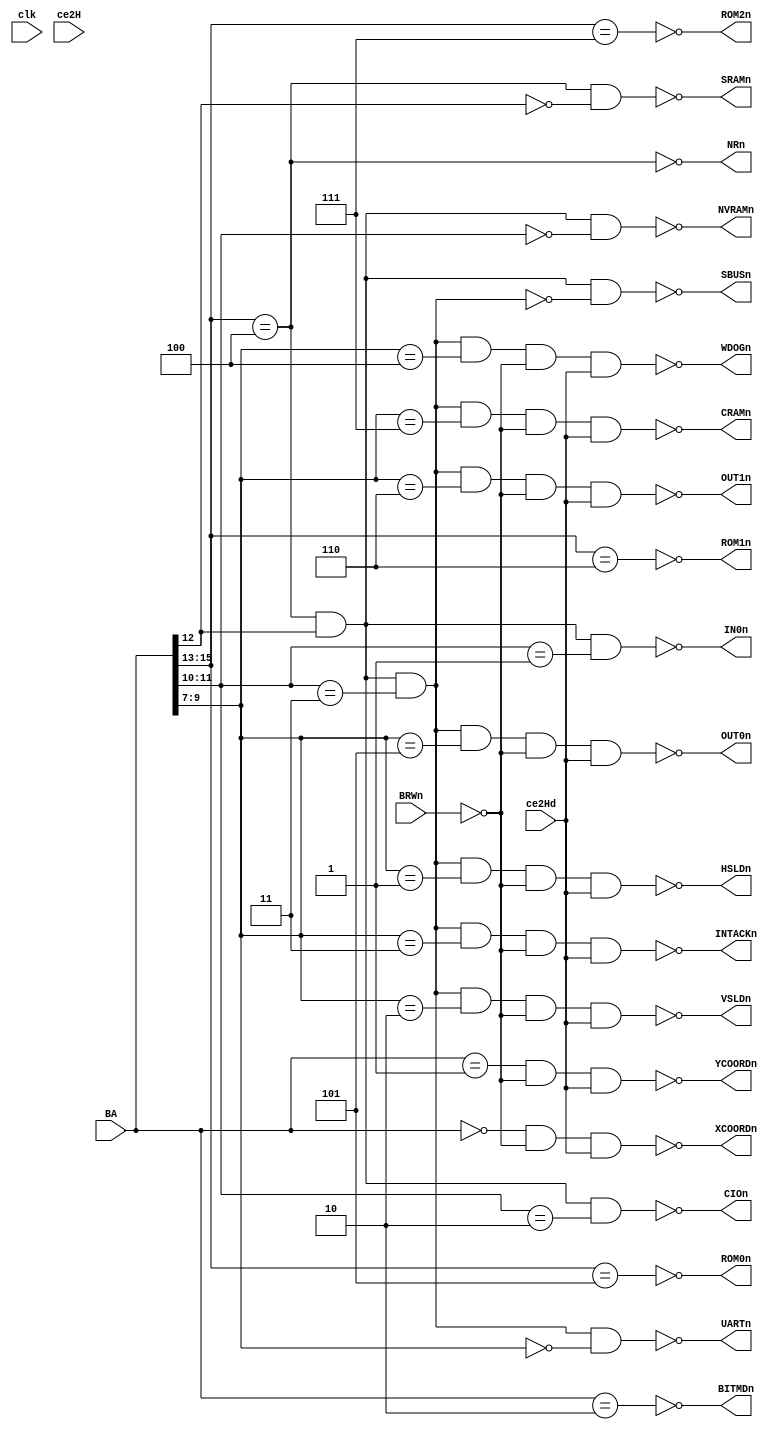
module AddresDecoder
(
   input clk, ce2H, ce2Hd,

   input [15:0] BA,
   input BRWn,

   output NRn, ROM2n, ROM1n, ROM0n,

   output WDOGn, INTACKn, VSLDn, HSLDn, UARTn,
   output CIOn, IN0n, OUT0n, OUT1n, 
   output CRAMn, NVRAMn, SBUSn, SRAMn,
   
   output BITMDn, XCOORDn, YCOORDn   
);

assign ROM2n = ~(BA[15:13] == 3'b111);       // ic4Ra
assign ROM1n = ~(BA[15:13] == 3'b110);
assign ROM0n = ~(BA[15:13] == 3'b101);
assign NRn   = ~(BA[15:13] == 3'b100);

assign SRAMn = ~(~NRn & ~BA[12]);
wire w5R_6R = ~(~NRn & BA[12]);
assign SBUSn = ~(~w5R_6R & w6R_6L6M5M);

wire   w6R_6L6M5M = ~(~w5R_6R & BA[11:10] == 2'b11);       //  ic46Rb
assign CIOn       = ~(~w5R_6R & BA[11:10] == 2'b10);
assign IN0n       = ~(~w5R_6R & BA[11:10] == 2'b01);
assign NVRAMn     = ~(~w5R_6R & BA[11:10] == 2'b00);

assign CRAMn   = ~(~w6R_6L6M5M & BA[9:7] == 3'b111 & ~BRWn & ce2Hd);         //  ic6M
assign OUT1n   = ~(~w6R_6L6M5M & BA[9:7] == 3'b110 & ~BRWn & ce2Hd);
assign OUT0n   = ~(~w6R_6L6M5M & BA[9:7] == 3'b101 & ~BRWn & ce2Hd);
assign WDOGn   = ~(~w6R_6L6M5M & BA[9:7] == 3'b100 & ~BRWn & ce2Hd);
assign INTACKn = ~(~w6R_6L6M5M & BA[9:7] == 3'b011 & ~BRWn & ce2Hd);
assign VSLDn   = ~(~w6R_6L6M5M & BA[9:7] == 3'b010 & ~BRWn & ce2Hd);
assign HSLDn   = ~(~w6R_6L6M5M & BA[9:7] == 3'b001 & ~BRWn & ce2Hd);
assign UARTn   = ~(~w6R_6L6M5M & BA[9:7] == 3'b000);

assign XCOORDn = ~(BA == 16'h0000 & ~BRWn & ce2Hd);               // ic2R
assign YCOORDn = ~(BA == 16'h0001 & ~BRWn & ce2Hd);
assign BITMDn  = ~(BA == 16'h0002);


endmodule